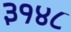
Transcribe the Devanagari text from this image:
३१४८